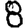
Digit: 8